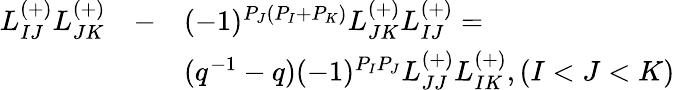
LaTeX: \begin{array}{lll}{{L_{IJ}^{(+)}L_{JK}^{(+)}}}&{{-}}&{{(-1)^{P_{J}(P_{I}+P_{K})}L_{JK}^{(+)}L_{IJ}^{(+)}=}}\\ {{}}&{{}}&{{(q^{-1}-q)(-1)^{P_{I}P_{J}}L_{JJ}^{(+)}L_{IK}^{(+)},(I<J<K)}}\end{array}